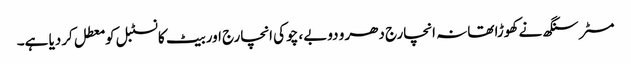
مسٹر سنگھ نے کھوڑا تھانہ انچارج دھرو دوبے، چوکی انچارج اور بیٹ کانسٹبل کو معطل کردیا ہے۔